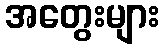
အတွေးများ